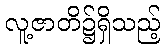
လူ့ဇာတိ၌ရှိသည့်